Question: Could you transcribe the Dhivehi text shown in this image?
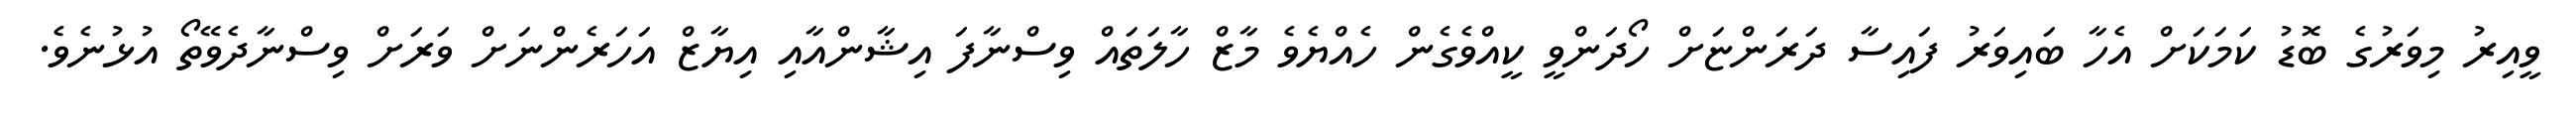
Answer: ވީއިރު މިވަރުގެ ބޮޑު ކަމަކަށް އެހާ ބައިވަރު ފައިސާ ދަރަންޏަށް ހޯދަންވީ ކީއްވެގެން ހެއްޔެވެ މާޒް ހާލަތައް ވިސްނާފަ އިޝާންއާއި އިޔާޒް އަހަރެންނަށް ވަރަށް ވިސްނާދެވޭތޯ އުޅުނެވެ.